Civil Veterinary Department. United Provinces 1912-22 - 1912-1922
Year: 1912
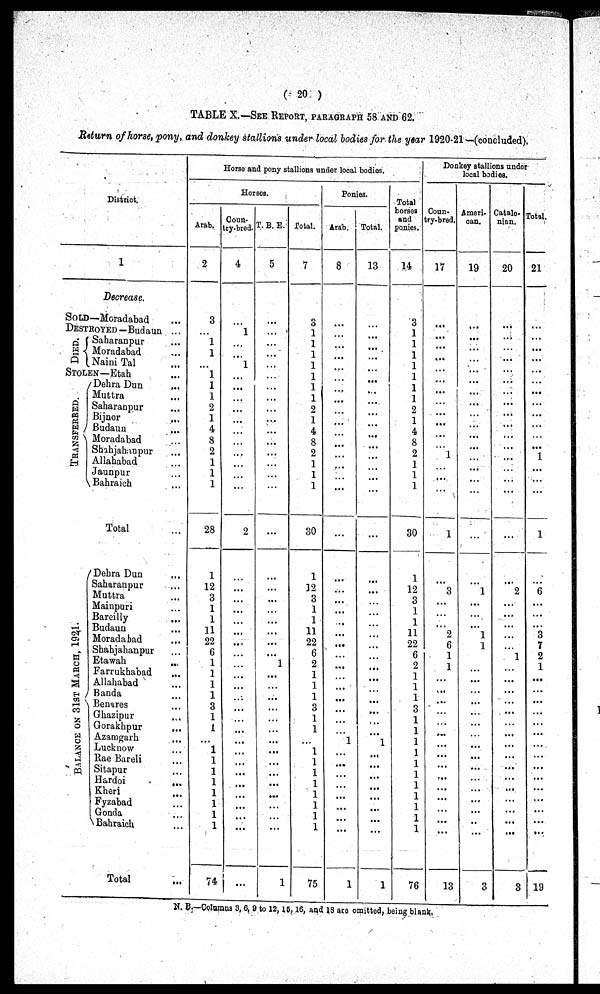
(20)
TABLE X.—SEE REPORT, PARAGRAPHS 58 AND 62.
Return of horse, pony, and donkey stallions under local bodies for the year 1920-21—(concluded).
District.
1
Decrease.
SOLD—Moradabad ...
DESTROYED-Budaun ...
DIED.
Saharanpur ...
Moradabad
...
Naini Tal ...
STOLEN—Etah
...
TRANS F ERED.
Dehra Dun ...
Muttra ...
Saharanpur ...
Bijnor ...
Budaun ...
Moradabad
...
Shahjahanpur ...
Allahabad ...
Jaunpur
...
Bahraich ...
Total ...
BALANCE ON 31ST MARCH,
1921.
Dehra Dun
...
Saharanpur
...
Muttra ...
Mainpuri ...
Bareilly ...
Budaun
...
Moradabad
...
Shahjahanpur ...
Etawah ...
Farrukhabad ...
Allahabad ...
Banda ...
Benares ...
Ghazipur ...
Gorakhpur ...
Azamgarh ...
Lucknow ...
Rae Bareli ...
Sitapur ...
Hardoi
...
Kheri ...
Fyzabad ...
Gonda ...
Bahraich ...
Total ...
Horse and pony stallions under local bodies.
Horses.
Arab.
2
3
...
1
1
...
1
1
1
2
1
4
8
2
1
1
1
28
1
12
3
1
1
11
22
6
1
1
1
1
3
1
1
...
1
1
1
1
1
1
1
74
Coun-
try-bred.
4
...
1
...
...
1
...
...
...
...
...
...
...
...
...
...
...
2
...
...
...
...
...
...
...
...
...
...
...
...
...
...
...
...
...
...
...
...
...
...
...
T. B. E.
5
...
...
...
...
...
...
...
...
...
...
...
...
...
...
...
...
...
...
...
...
...
...
...
...
1
...
...
...
...
...
...
...
...
...
...
...
...
...
...
...
1
Total.
7
2
1
1
1
1
1
1
.
2
1
4
8
2
1
1
1
30
1
12
3
1
1
11
22
6
3
...
...
...
3
...
...
...
...
...
1
1
1
1
1
75
Ponies.
Arab.
8
...
...
...
...
...
...
...
...
...
...
...
...
...
...
...
...
...
...
...
...
...
...
...
...
...
...
...
...
...
...
...
1
...
...
...
...
...
...
1
Total.
13
...
...
...
...
...
...
...
......
...
......
...
...
...
...
...
...
...
...
...
...
...
...
...
...
...
...
...
...
...
...
...
...
1
...
...
...
...
...
...
...
...
1
Total
horses
and
ponies.
14
3
...
1
1
1
1
1
1
2
1
4
8
2
1
1
1
30
1
12
3
1
1
11
99
6
0
2
...
...
2
...
...
...
...
...
...
...
1
1
1
1
76
Donkey stallions under
local bodies.
Coun-
try-bred.
17
...
...
...
...
...
...
...
...
...
...
...
1
...
...
...
1
...
3
...
...
...
2
6
1
1
...
...
...
...
...
...
...
...
...
...
...
...
...
...
13
Ameri.
can.
19
...
...
...
...
...
...
...
...
...
...
...
...
...
...
...
...
...
...
...
1
...
...
...
1
1
...
...
...
...
...
...
...
...
...
...
...
...
...
......
...
...
3
Catalo-
nian.
20
...
...
...
...
...
...
...
...
...
...
...
...
...
...
...
...
...
...
2
...
...
...
...
...
1
...
...
...
...
...
...
...
...
...
...
...
...
...
...
3
Total.
21
...
...
...
...
...
...
...
...
...
...
...
...
...
...
1
...
...
1
6
...
...
3
7
7
2
1
...
...
...
...
...
...
...
...
...
...
...
...
...
...
19
N. B.—Columns 3, C, 9 to 12, 15, 16, and 18 are omitted, being blank,